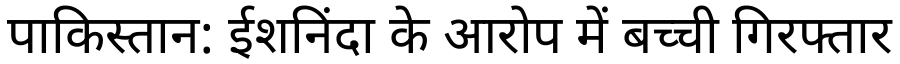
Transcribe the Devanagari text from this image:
पाकिस्तान: ईशनिंदा के आरोप में बच्ची गिरफ्तार